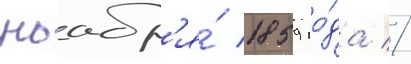
ноабр'я́ 1859 го́да //